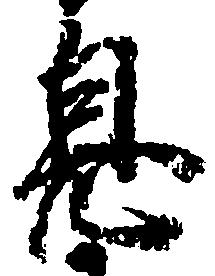
息